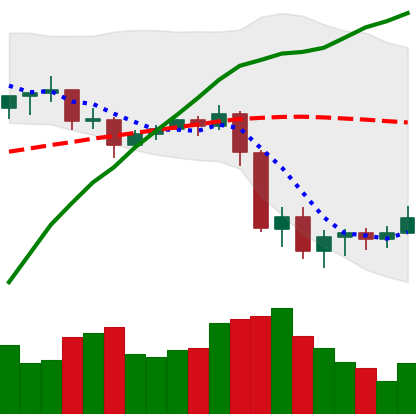
Ticker: XLM-USD
Chart end date: 2020-09-10
Forward return: -3.773%
Label: down_3_5